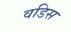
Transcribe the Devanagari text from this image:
वडिस